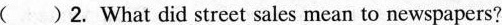
()2. What did street sales mean to newspapers?